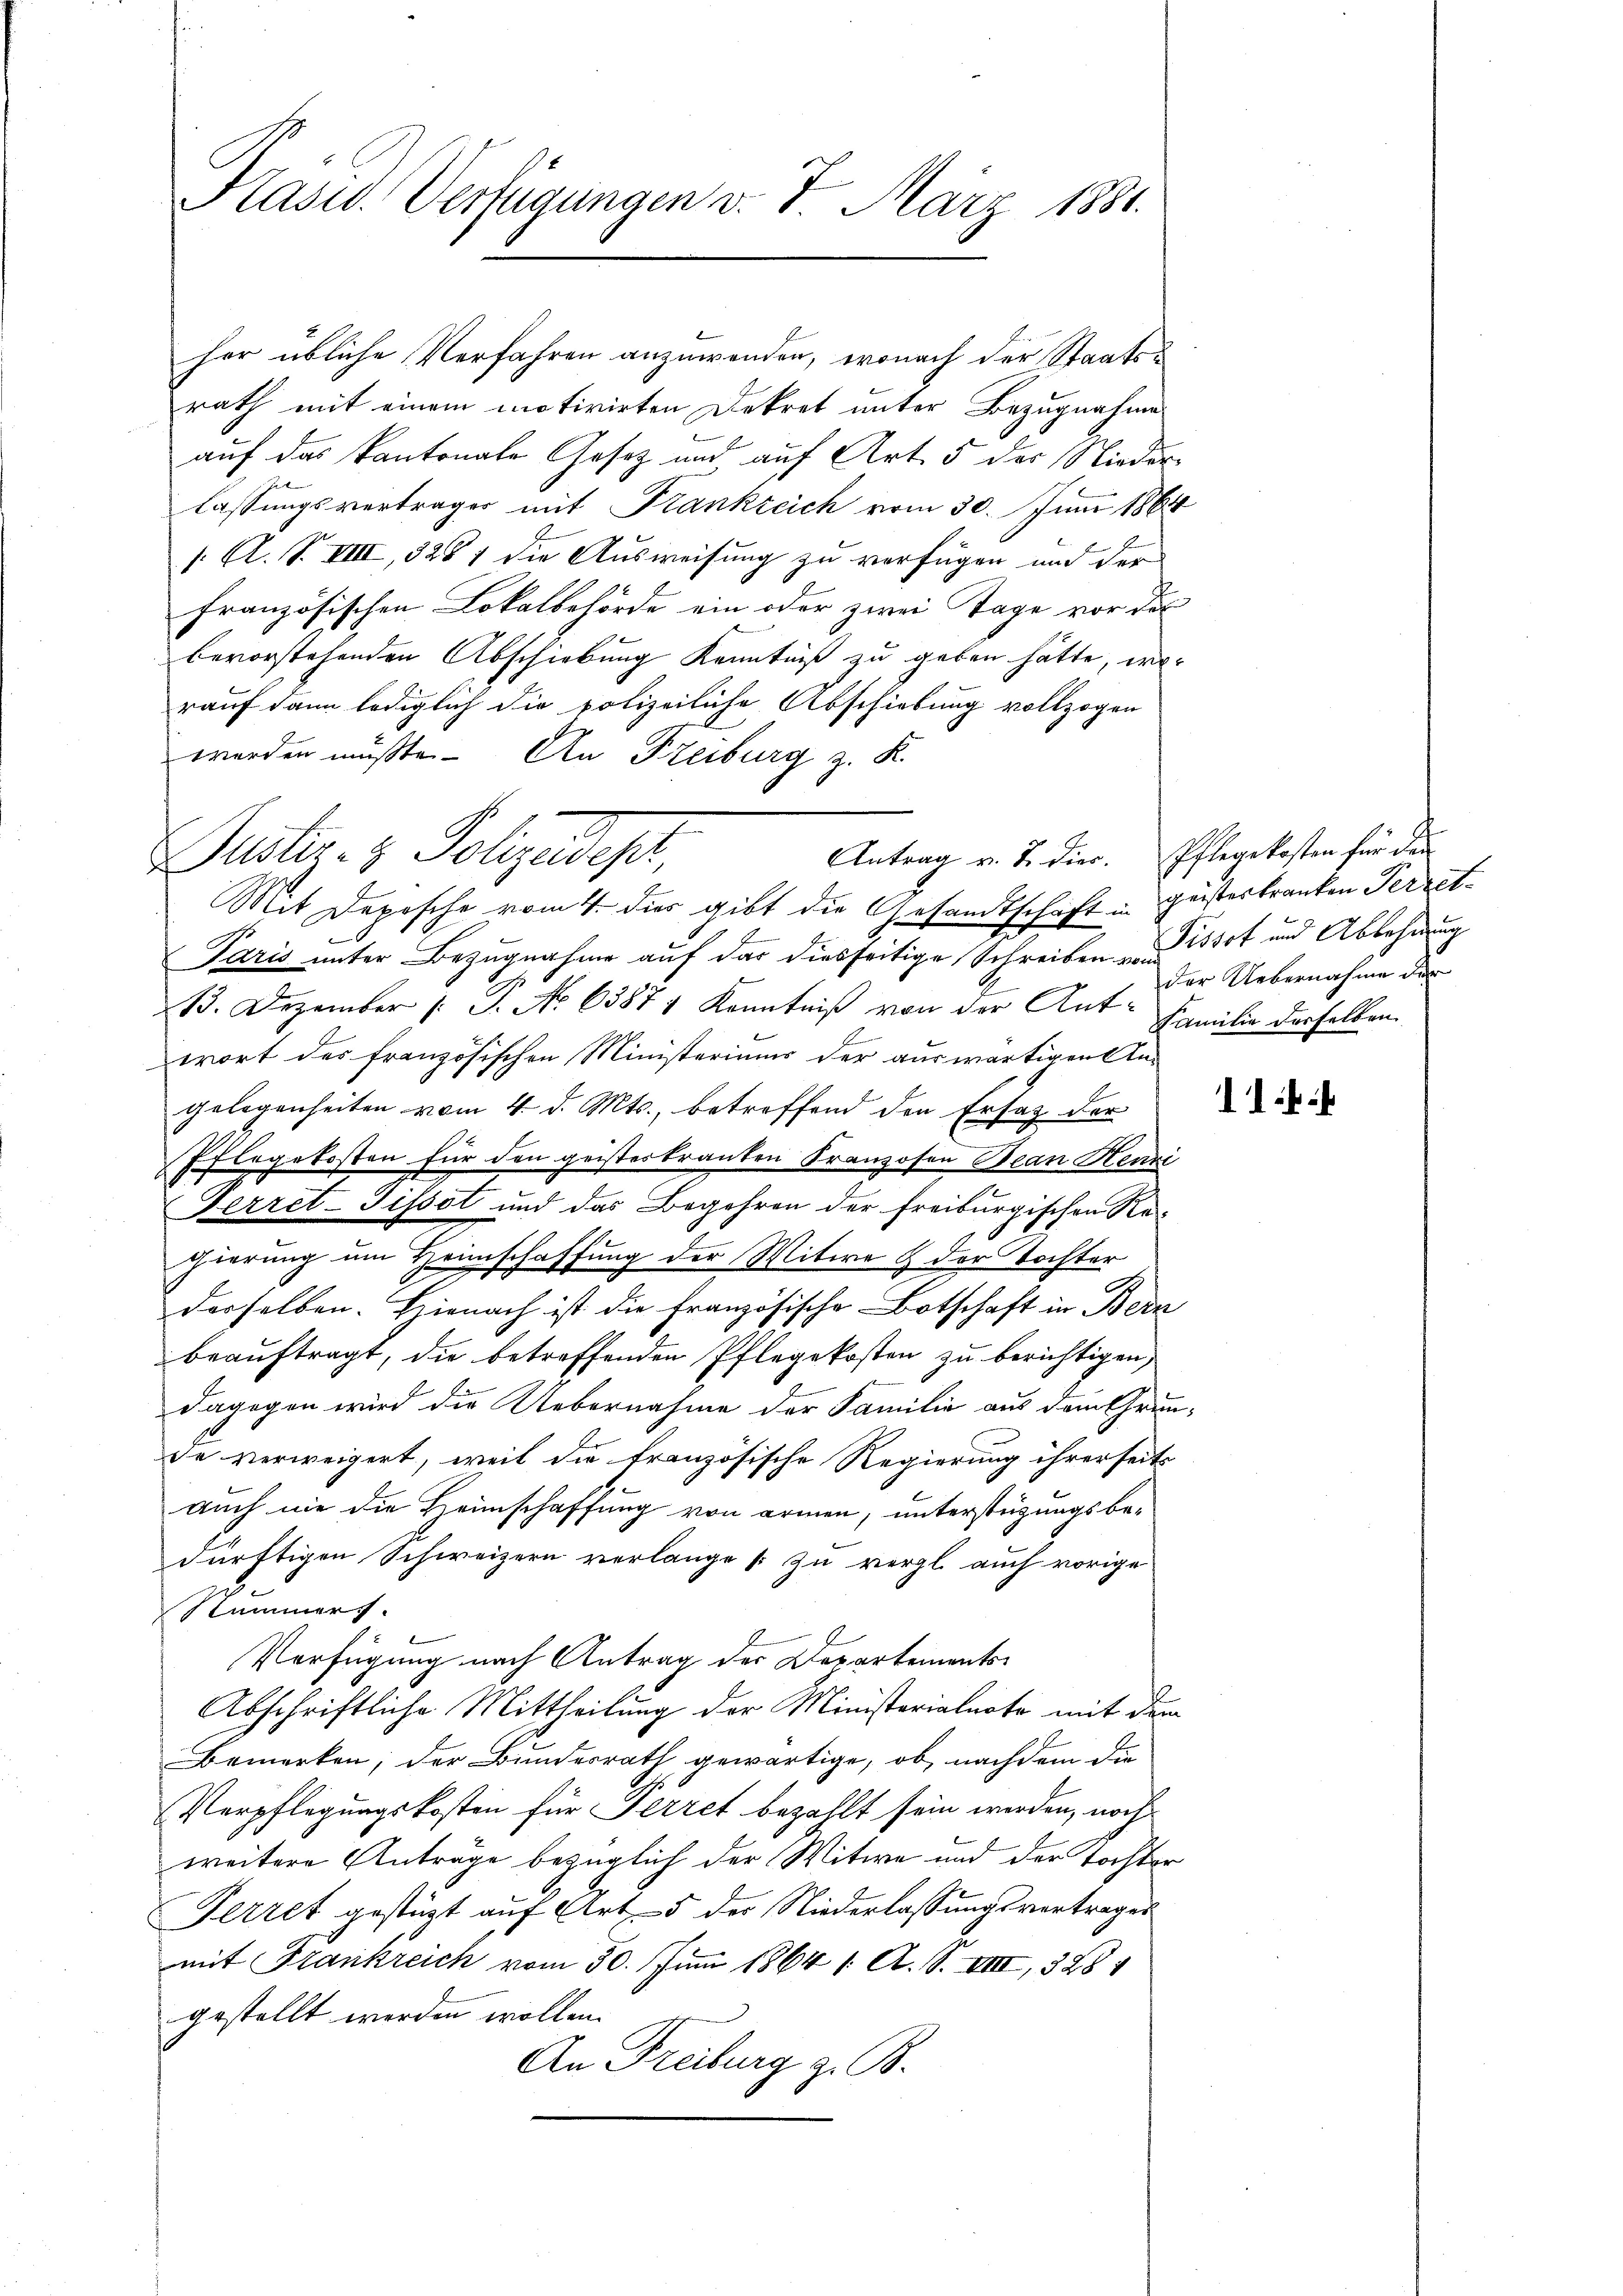
Kasid. Verfügungen v. 7. März 1881.

her übliche Verfahren anzuwenden, wonach der Staatsrath mit einem motivirten Dekret unter Bezugnahme
auf das kantonale Gesetz und auf Art. 5 des Niederlassungsvertrages mit Frankreich vom 30. Juni 1864
1 Al. S. VIII, 3281 die Ausweisung zu verfügen und der
französischen Lokalbehörde ein oder zwei Tage vor des
bevorstehenden Abschiebung Kenntniß zu geben hätte, worauf dann lediglich die polizeiliche Abschiebung vollzogen
worden müßte. - An Freiburg z. K.

Antrag v. J. dier. Pflegekosten für den
Puster- & Polizeides,
Mit Depesche vom 4. dies gibt die Gesandtschaft in Geisteskranken Perret¬

Paris unter Bezugnahme auf das diesseitige Schreiben Pissot und Ablehnung
13. Dezember (: P. No 63871 Kenntniß von der Ant. Familie derselben
wort des französischen Ministeriums der auswärtigen An-
gelegenheiten vom 4. d. Mts., betreffend den Ersatz der
Pflegekosten für den geisteskranken Franzosen Bean Henzi
Ferret-Tissot und das Begehren der freiburgischen Re-
gierung um Heimschaffung der Witwe & der Tochter
derselben. Hienach ist die Französische Botschaft in Bern
beauftragt, die betreffenden Pflegekosten zu berichtigen,
dagegen wird die Uebernahme der Familie aus dem Grunde verweigert, weil die französische Regierung ihrerseits
auch nie die Heimschaffung von armen, unterstüzungsbedürftigen Schweizern verlange zu vergl. auch vorige
Nummers.
Verfügung nach Antrag der Departements¬
Abschriftliche Mittheilung der Ministerialnote mit dem
Bemerken, der Bundesrath gewärtige, ob nachdem die
Verpflegungskosten für Perret bezahlt sein werden, noch
weitere Anträge bezüglich der Witwe und der Tochter
Fetzet gestützt auf Art 5 der Niederlassungsvertrages
mit Frankreich vom 30. Juni 1864 1. A. S. VIII, 328
gestellt werden wollen.
An Freiburg z. B.

der Uebernahme der